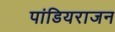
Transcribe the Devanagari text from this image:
पांडियराजन